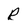
Character: R